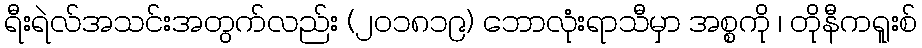
ရီးရဲလ်အသင်းအတွက်လည်း (၂၀၁၈၁၉) ဘောလုံးရာသီမှာ အစ္စကို ၊ တိုနီကရူးစ်